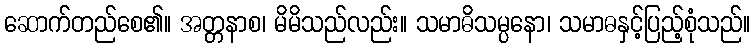
ဆောက်တည်စေ၏။ အတ္တနာစ၊ မိမိသည်လည်း။ သမာဓိသမ္ပနော၊ သမာဓနှင့်ပြည့်စုံသည်။